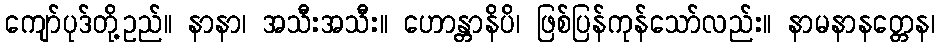
ကျော်ပုဒ်တို့ဥည်။ နာနာ၊ အသီးအသီး။ ဟောန္တာနိပိ၊ ဖြစ်ပြန်ကုန်သော်လည်း။ နာမနာနတ္တေန၊